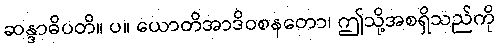
ဆန္ဒာဓိပတိ။ ပ။ ယောတိအာဒိဝစနတော၊ ဤသို့အစရှိသည်ကို